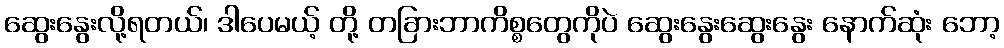
ဆွေးနွေးလို့ရတယ်၊ ဒါပေမယ့် တို့ တခြားဘာကိစ္စတွေကိုပဲ ဆွေးနွေးဆွေးနွေး နောက်ဆုံး ဘော့